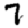
Digit: 7